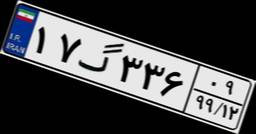
۲۴گ۲۸۳۶۴